Report of the King Institute of Preventive Medicine, Guindy
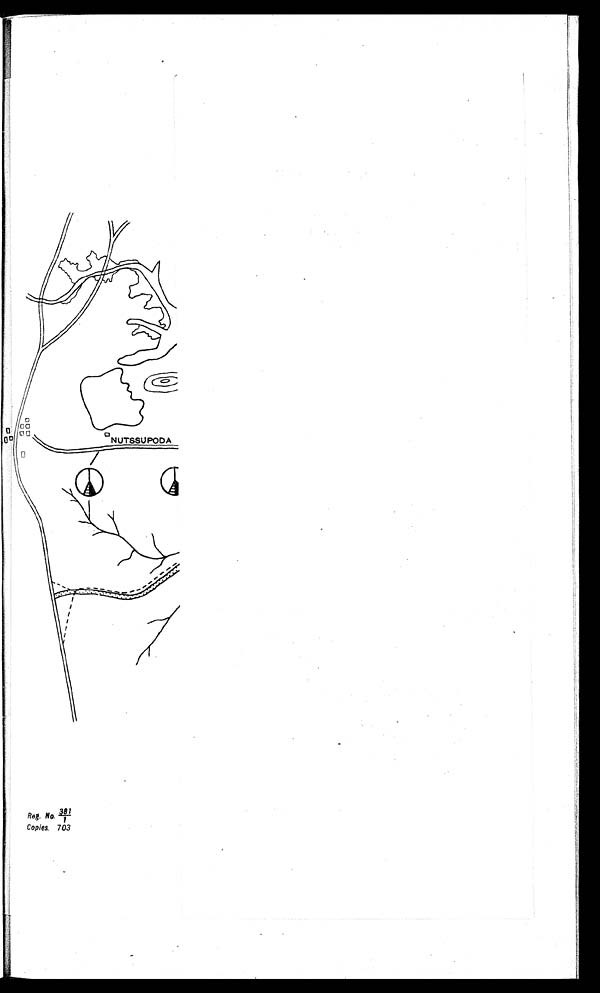
R e g . N o . 3 8 1 / 1
C o p i e s . 7 0 3